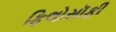
ફિલોસૉફી